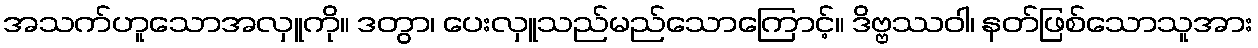
အသက်ဟူသောအလှူကို။ ဒတွာ၊ ပေးလှူသည်မည်သောကြောင့်။ ဒိဗ္ဗဿဝါ၊ နတ်ဖြစ်သောသူအား